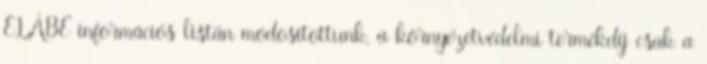
ELÁBÉ információs listán módosítottunk, a környezetvédelmi termékdíj csak a